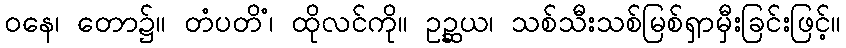
ဝနေ၊ တော၌။ တံပတိံ၊ ထိုလင်ကို။ ဥဉ္ဆယ၊ သစ်သီးသစ်မြစ်ရှာမှီးခြင်းဖြင့်။